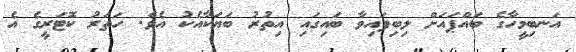
އަނބިމީހާގެ ބައްޕައަށް ލިބިފައިވާ ބައިގައި އިތުރު ބަޔަކާއެކު އެވެ. ހަތަރު ކޮޓަރީގެ އެ